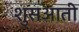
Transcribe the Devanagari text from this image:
शुसआती